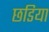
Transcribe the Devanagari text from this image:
छडिया